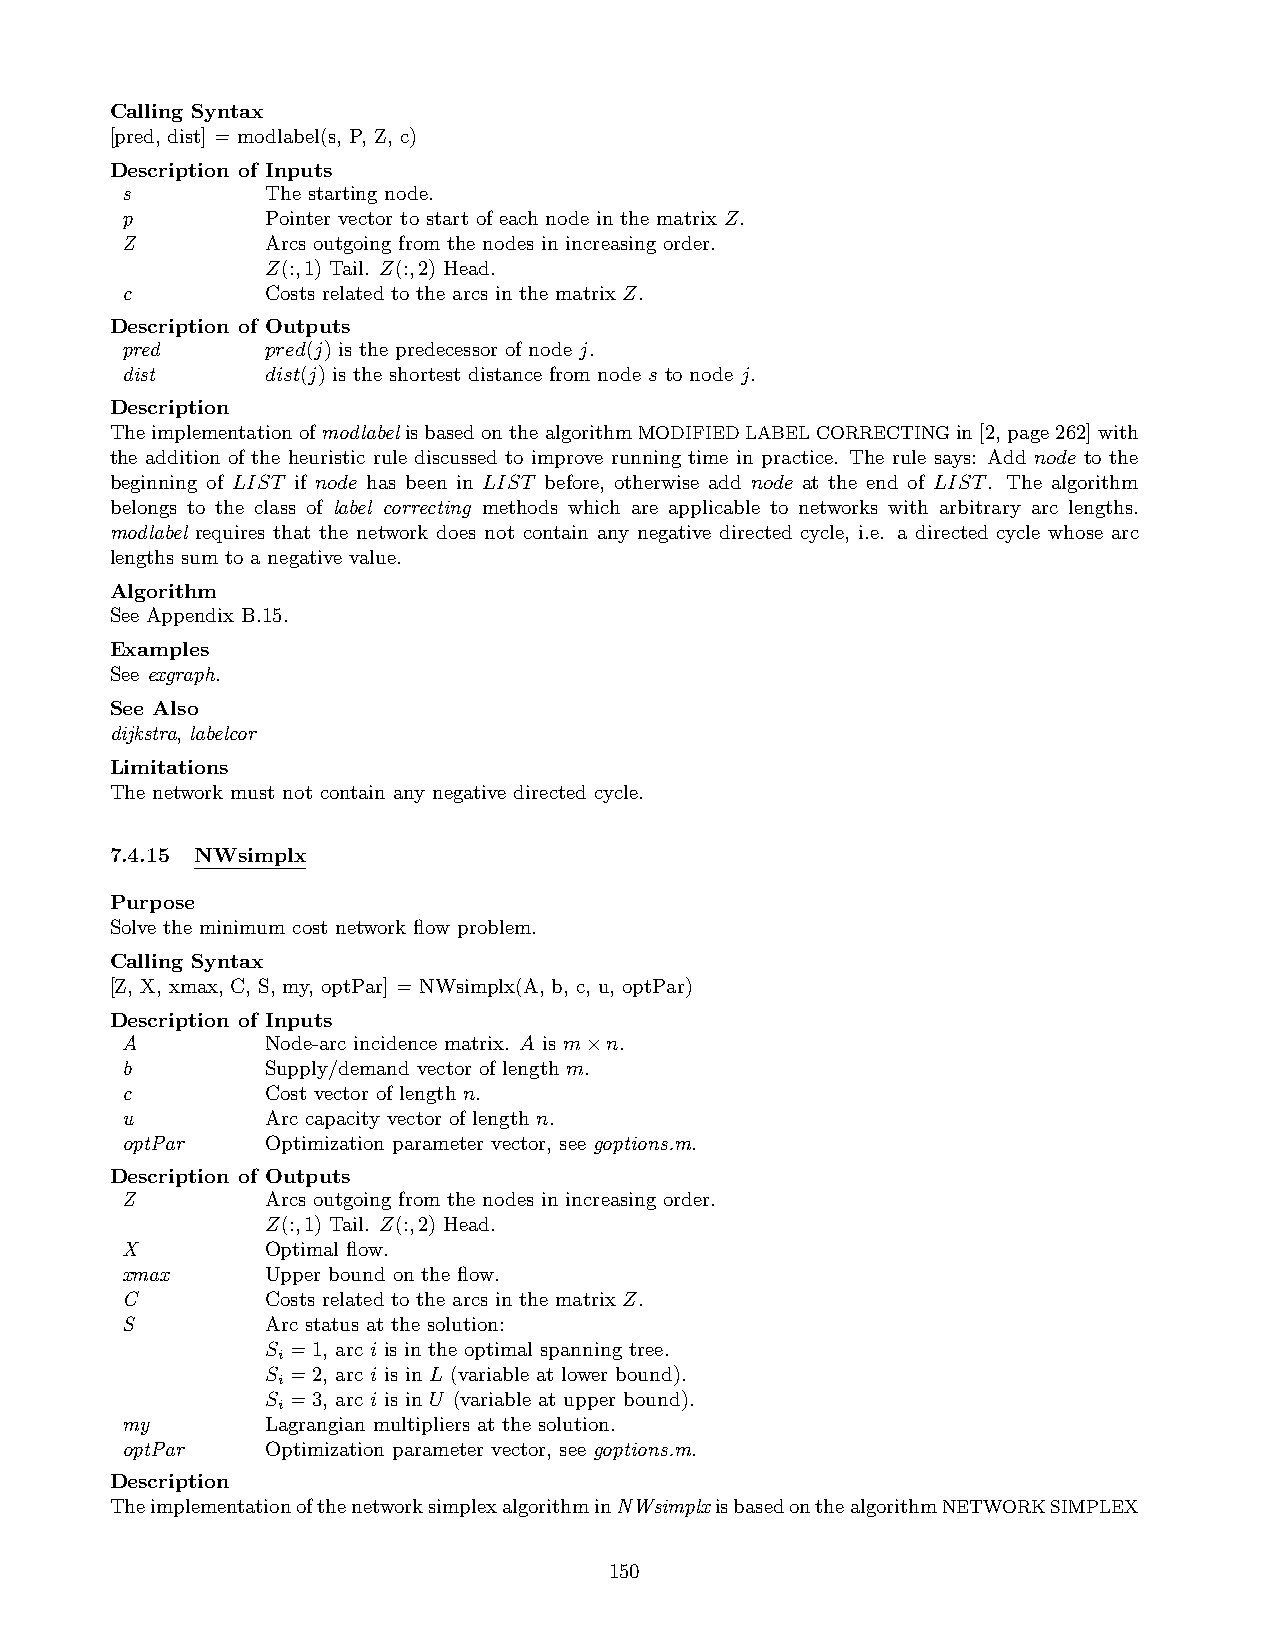
Calling Syntax
 [pred, dist] = modlabel(s, P, Z, c)
 Description of Inputs
 s         The starting node.
 p         Pointer vector to start of each node in the matrix Z.
 Z         Arcs outgoing from the nodes in increasing order.
 Z(:,1) Tail. Z(:,2) Head.
 c         Costs related to the arcs in the matrix Z.
 Description of Outputs
 pred      pred(j) is the predecessor of node j.
 dist      dist(j) is the shortest distance from node s to node j.
 Description
 TheimplementationofmodlabelisbasedonthealgorithmMODIFIEDLABELCORRECTINGin[2,page262]with
 the addition of the heuristic rule discussed to improve running time in practice. The rule says: Add node to the
 beginning of LIST if node has been in LIST before, otherwise add node at the end of LIST. The algorithm
 belongs to the class of label correcting methods which are applicable to networks with arbitrary arc lengths.
 modlabel requires that the network does not contain any negative directed cycle, i.e. a directed cycle whose arc
 lengths sum to a negative value.
 Algorithm
 See Appendix B.15.
 Examples
 See exgraph.
 See Also
 dijkstra, labelcor
 Limitations
 The network must not contain any negative directed cycle.
 7.4.15 NWsimplx
 Purpose
 Solve the minimum cost network flow problem.
 Calling Syntax
 [Z, X, xmax, C, S, my, optPar] = NWsimplx(A, b, c, u, optPar)
 Description of Inputs
 A         Node-arc incidence matrix. A is m×n.
 b         Supply/demand vector of length m.
 c         Cost vector of length n.
 u         Arc capacity vector of length n.
 optPar    Optimization parameter vector, see goptions.m.
 Description of Outputs
 Z         Arcs outgoing from the nodes in increasing order.
 Z(:,1) Tail. Z(:,2) Head.
 X         Optimal flow.
 xmax      Upper bound on the flow.
 C         Costs related to the arcs in the matrix Z.
 S         Arc status at the solution:
 S =1, arc i is in the optimal spanning tree.
 i
 S =2, arc i is in L (variable at lower bound).
 i
 S =3, arc i is in U (variable at upper bound).
 i
 my        Lagrangian multipliers at the solution.
 optPar    Optimization parameter vector, see goptions.m.
 Description
 TheimplementationofthenetworksimplexalgorithminNWsimplxisbasedonthealgorithmNETWORKSIMPLEX
 150